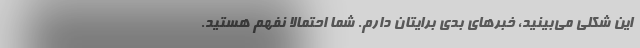
این شکلی می‌بینید، خبرهای بدی برایتان دارم. شما احتمالاً نفهم هستید.